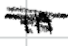
Text: in
Cross-out: scratch
Writing tool: digital_black